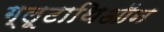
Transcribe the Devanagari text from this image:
ग्लूटाथिऑन